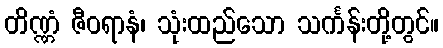
တိဏ္ဏံ ဇီဝရာနံ၊ သုံးထည်သော သင်္ကန်းတို့တွင်။